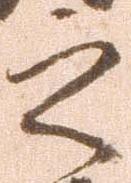
之